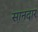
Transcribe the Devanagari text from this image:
स़ानदार